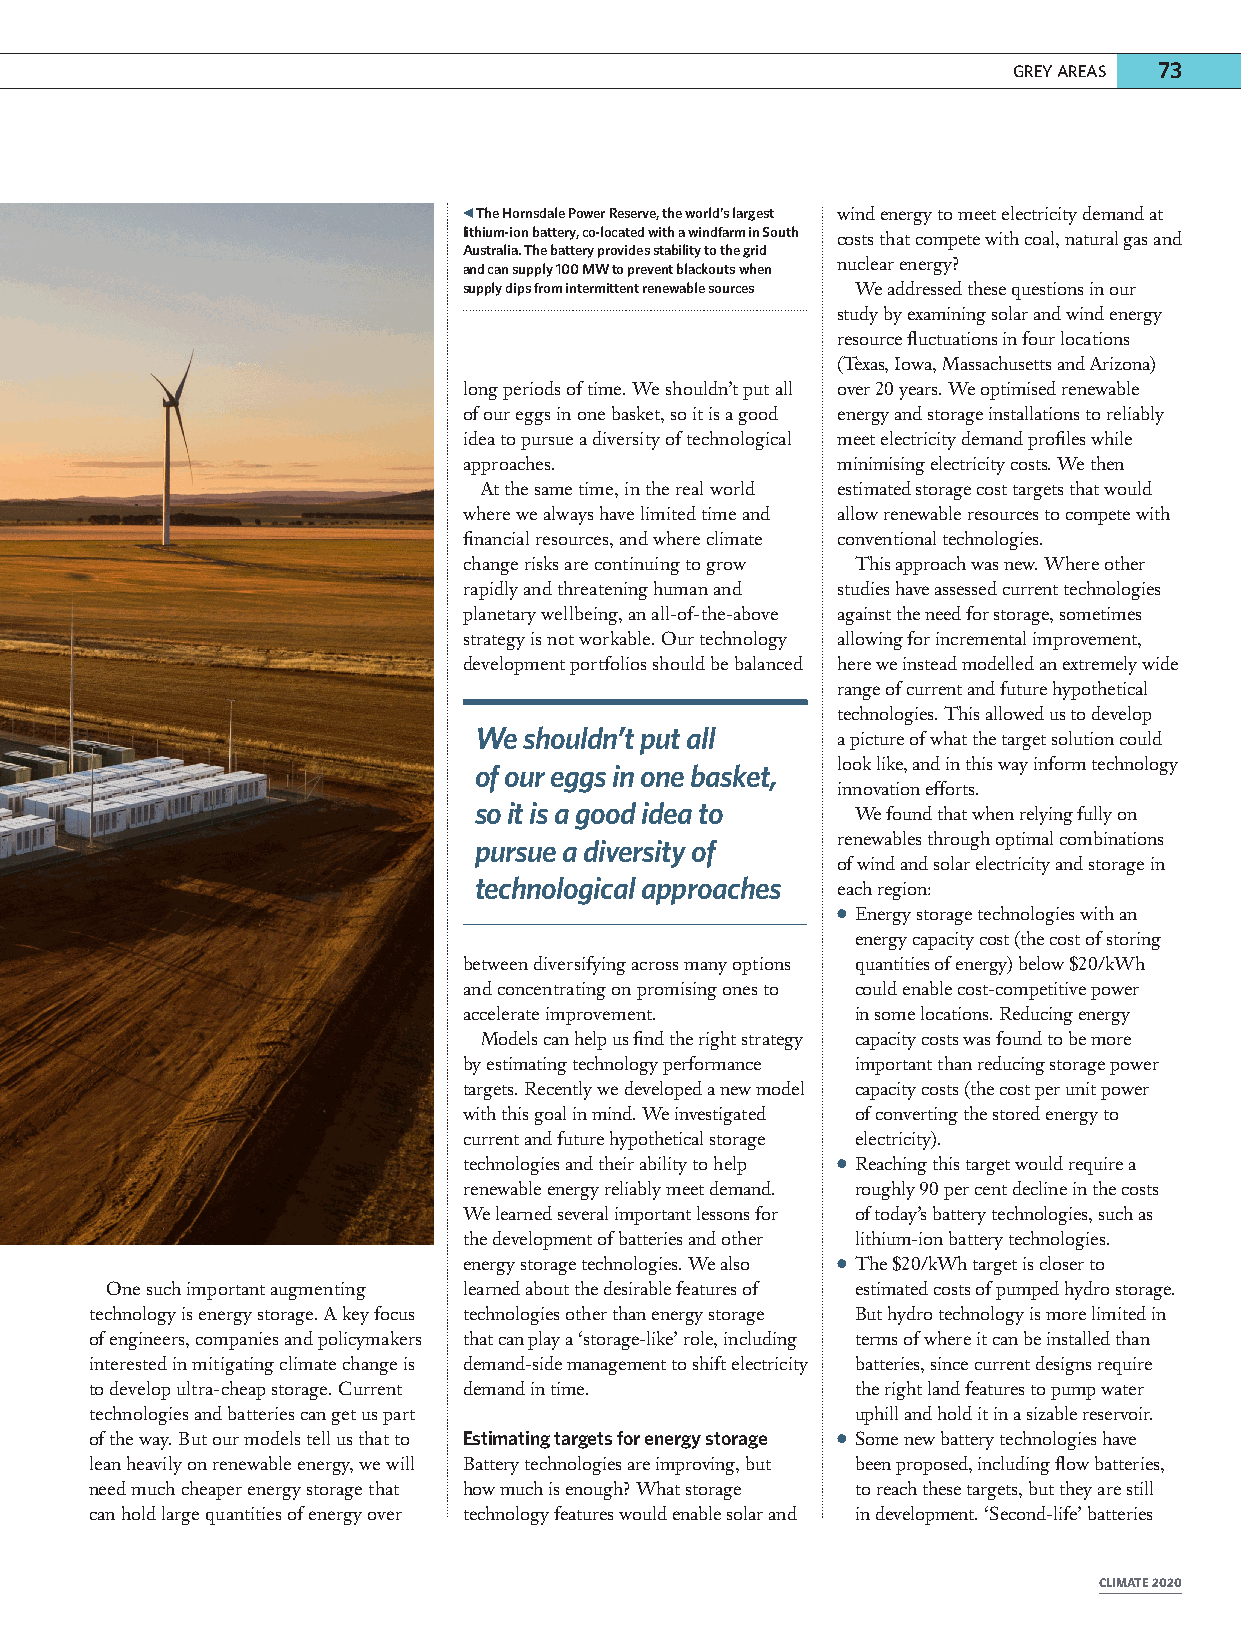
GREY AREAS 7733
 The Hornsdale Power Reserve, the world’s largest wind energy to meet electricity demand at
 lithium-ion battery, co-located with a windfarm in South costs that compete with coal, natural gas and
 Australia. The battery provides stability to the grid
 nuclear energy?
 and can supply 100 MW to prevent blackouts when
 supply dips from intermittent renewable sources We addressed these questions in our
 study by examining solar and wind energy
 resource fluctuations in four locations
 (Texas, Iowa, Massachusetts and Arizona)
 long periods of time. We shouldn’t put all over 20 years. We optimised renewable
 of our eggs in one basket, so it is a good energy and storage installations to reliably
 idea to pursue a diversity of technological meet electricity demand profiles while
 approaches.             minimising electricity costs. We then
 At the same time, in the real world estimated storage cost targets that would
 where we always have limited time and allow renewable resources to compete with
 financial resources, and where climate conventional technologies.
 change risks are continuing to grow This approach was new. Where other
 rapidly and threatening human and studies have assessed current technologies
 planetary wellbeing, an all-of-the-above against the need for storage, sometimes
 strategy is not workable. Our technology allowing for incremental improvement,
 development portfolios should be balanced here we instead modelled an extremely wide
 range of current and future hypothetical
 technologies. This allowed us to develop
 We  shouldn’t put all   a picture of what the target solution could
 look like, and in this way inform technology
 of our eggs in one basket,
 innovation efforts.
 so it is a good idea to   We found that when relying fully on
 renewables through optimal combinations
 pursue a diversity of
 of wind and solar electricity and storage in
 technological approaches each region:
 ●●Energy storage technologies with an
 energy capacity cost (the cost of storing
 between diversifying across many options quantities of energy) below $20/kWh
 and concentrating on promising ones to could enable cost-competitive power
 accelerate improvement.   in some locations. Reducing energy
 Models can help us find the right strategy capacity costs was found to be more
 by estimating technology performance important than reducing storage power
 targets. Recently we developed a new model capacity costs (the cost per unit power
 with this goal in mind. We investigated of converting the stored energy to
 current and future hypothetical storage electricity).
 technologies and their ability to help ●●Reaching this target would require a
 renewable energy reliably meet demand. roughly 90 per cent decline in the costs
 We learned several important lessons for of today’s battery technologies, such as
 the development of batteries and other lithium-ion battery technologies.
 energy storage technologies. We also ●●The $20/kWh target is closer to
 One such important augmenting learned about the desirable features of estimated costs of pumped hydro storage.
 technology is energy storage. A key focus technologies other than energy storage But hydro technology is more limited in
 of engineers, companies and policymakers that can play a ‘storage-like’ role, including terms of where it can be installed than
 interested in mitigating climate change is demand-side management to shift electricity batteries, since current designs require
 to develop ultra-cheap storage. Current demand in time. the right land features to pump water
 technologies and batteries can get us part         uphill and hold it in a sizable reservoir.
 of the way. But our models tell us that to Estimating targets for energy storage ●●Some new battery technologies have
 lean heavily on renewable energy, we will Battery technologies are improving, but been proposed, including flow batteries,
 need much cheaper energy storage that how much is enough? What storage to reach these targets, but they are still
 can hold large quantities of energy over technology features would enable solar and in development. ‘Second-life’ batteries
 CLIMATE 2020